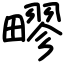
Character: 疁